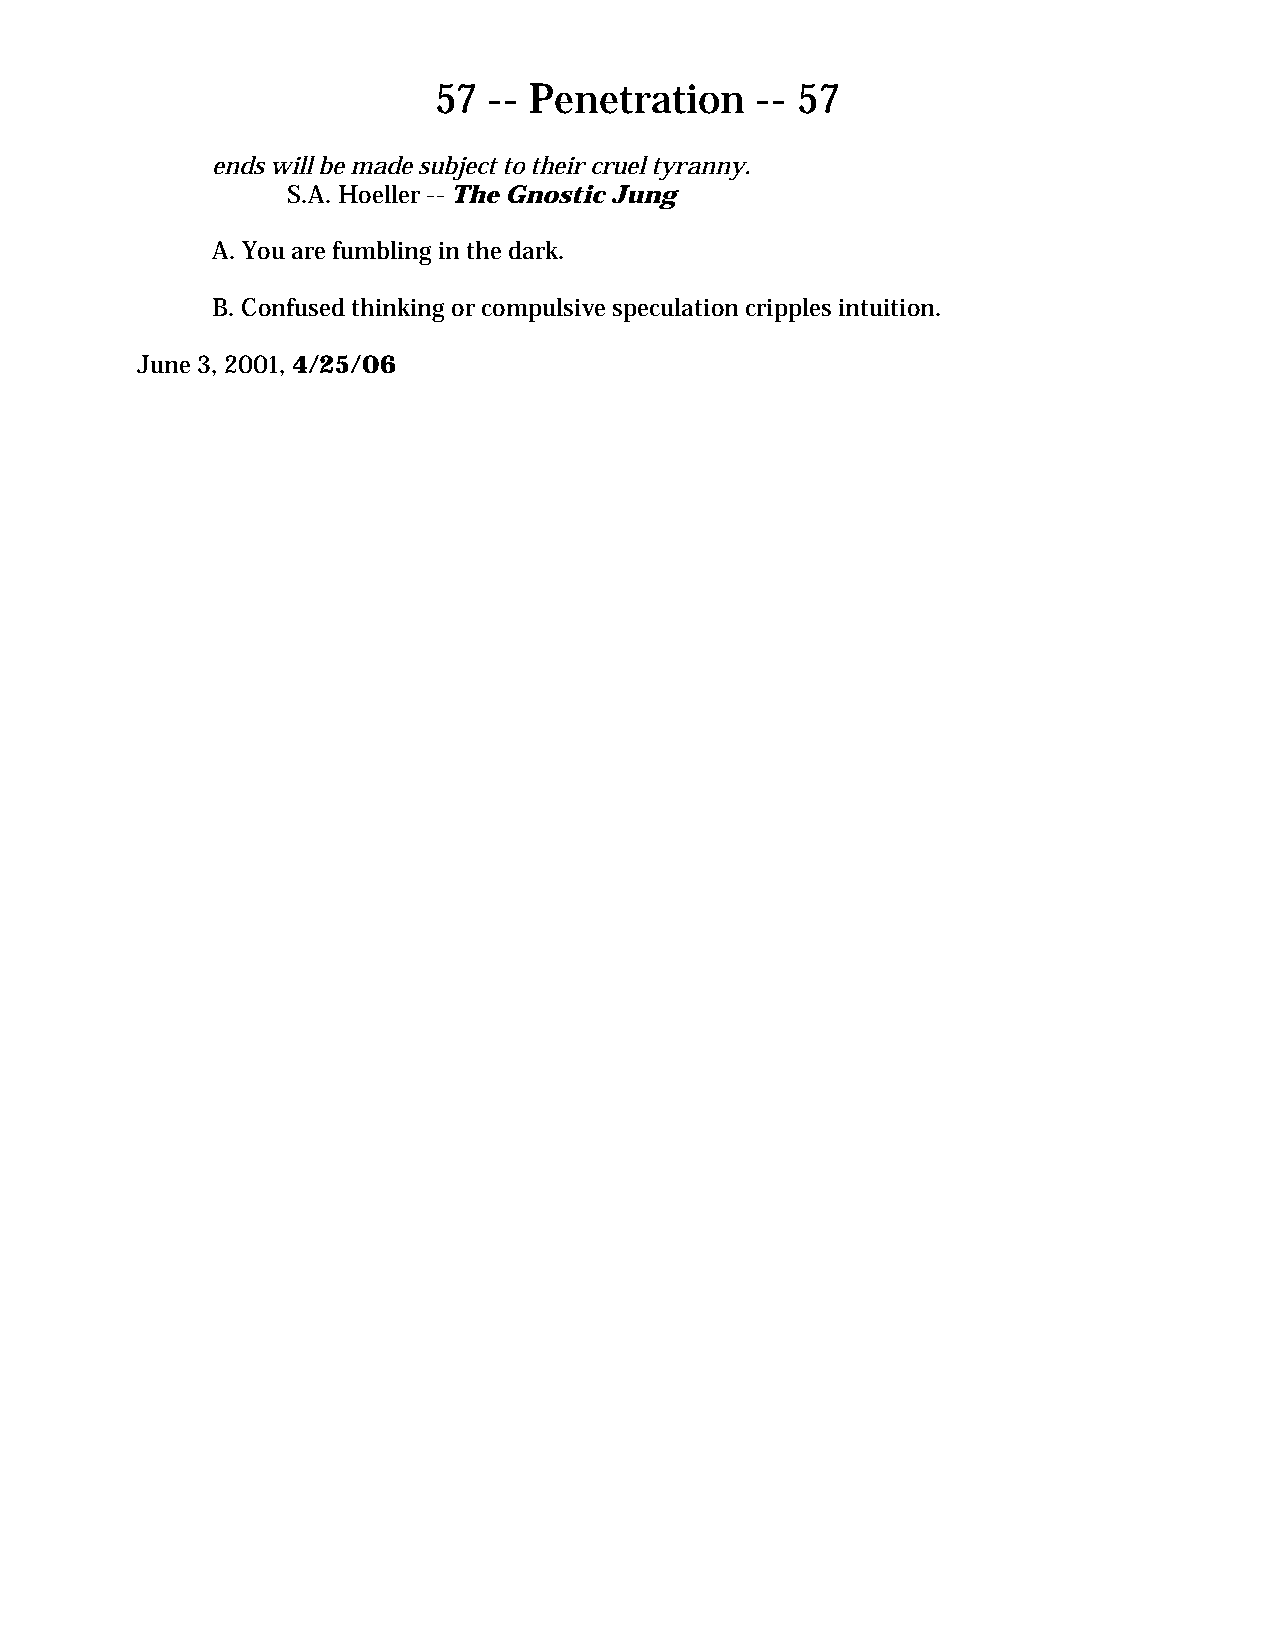
57 -- Penetration    -- 57
 ends will be made subject to their cruel tyranny.
 S.A. Hoeller -- The Gnostic Jung
 A. You are fumbling in the dark.
 B. Confused thinking or compulsive speculation cripples intuition.
 June 3, 2001, 4/25/06